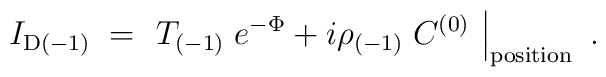
I_{{\rm D}(-1)} \; = \;   \left.  T_{(-1)}\; e^{-\Phi}+ i \rho_{(-1)}\; C^{(0)}\  \right|_{\rm position}  \ .